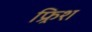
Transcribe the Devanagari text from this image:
फ्र्रिश